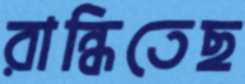
রান্ধিতেছ